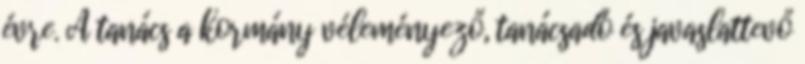
évre. A tanács a kormány véleményező, tanácsadó és javaslattevő